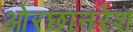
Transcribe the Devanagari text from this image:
ओरछानरेश